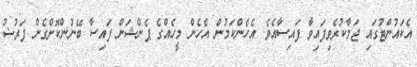
އެކައުންޓުގައި ޖަމާކުރެވިފައިވާ ފައިސާއެވެ. އެހެންކަމުން އެހެން މީހެއްގެ ޕެންޝަން ފައިސާ ބޭނުންކޮށްގެން ފަރުޟު